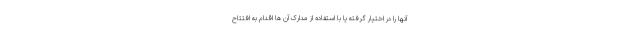
آنها را در اختیار گرفته یا با استفاده از مدارک آن ها اقدام به افتتاح